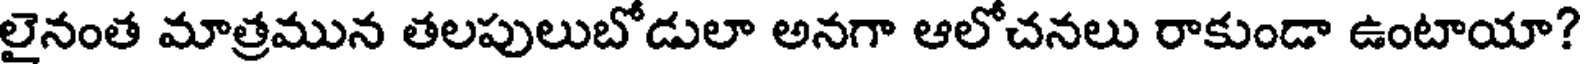
లైనంత మాత్రమున తలపులుబోడులా అనగా ఆలోచనలు రాకుండా ఉంటాయా?